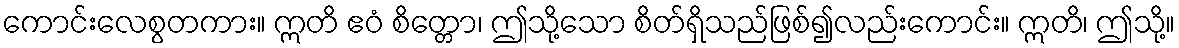
ကောင်းလေစွတကား။ ဣတိ ဧဝံ စိတ္တော၊ ဤသို့သော စိတ်ရှိသည်ဖြစ်၍လည်းကောင်း။ ဣတိ၊ ဤသို့။